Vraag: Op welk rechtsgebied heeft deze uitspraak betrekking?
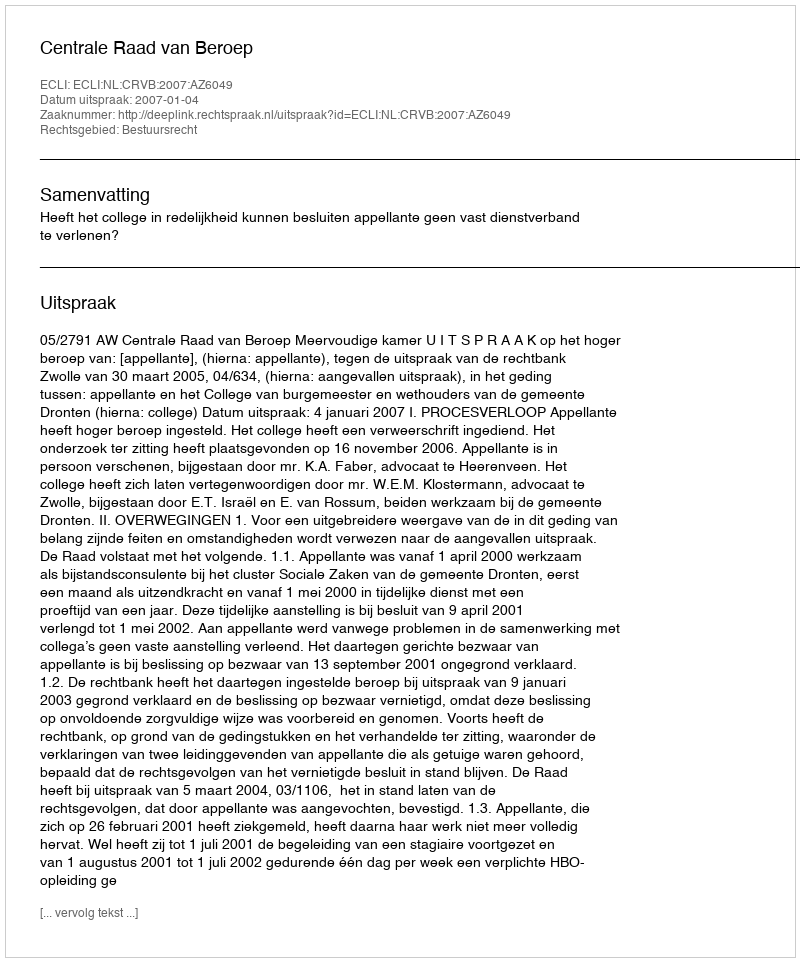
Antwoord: Bestuursrecht